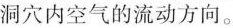
洞穴内空气的流动方向。